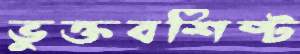
ভুক্তবশিষ্ট